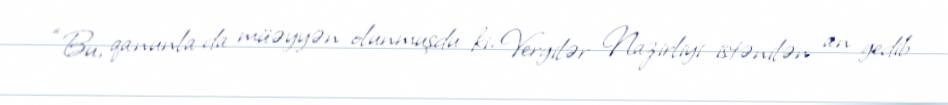
“Bu, qanunla da müəyyən olunmuşdu ki, Vergilər Nazirliyi istənilən an gedib